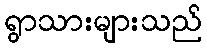
ရွာသားများသည်